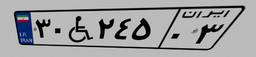
۳۰W۲۴۵۰۳